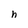
Character: h